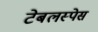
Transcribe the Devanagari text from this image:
टेबलस्पेस